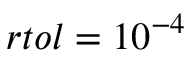
r t o l = 1 0 ^ { - 4 }